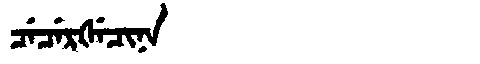
Manchu: ᠴᡝᠴᡝᡵᡧᡝᠴᡳᠨᠠ
Romanization: CECERŠECINA